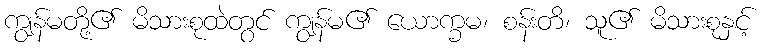
ကျွန်မတို့၏ မိသားစုထဲတွင် ကျွန်မ၏ ယောက္ခမ၊ စန်းတိ၊ သူ၏ မိသားစုနှင့်